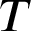
T